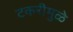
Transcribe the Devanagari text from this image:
टकरीमुळे